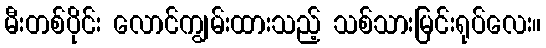
မီးတစ်ပိုင်း လောင်ကျွမ်းထားသည့် သစ်သားမြင်းရုပ်လေး။